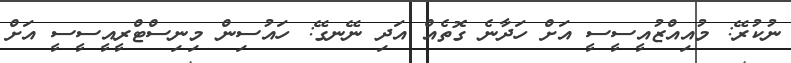
ނުކުރޭ: މުއިއްޒުއީސީސީ އަށް ހަދާނެ ގޮތެއް އަދި ނޭނގޭ: ހައުސިން މިނިސްޓްރީއީސީސީ އަށް